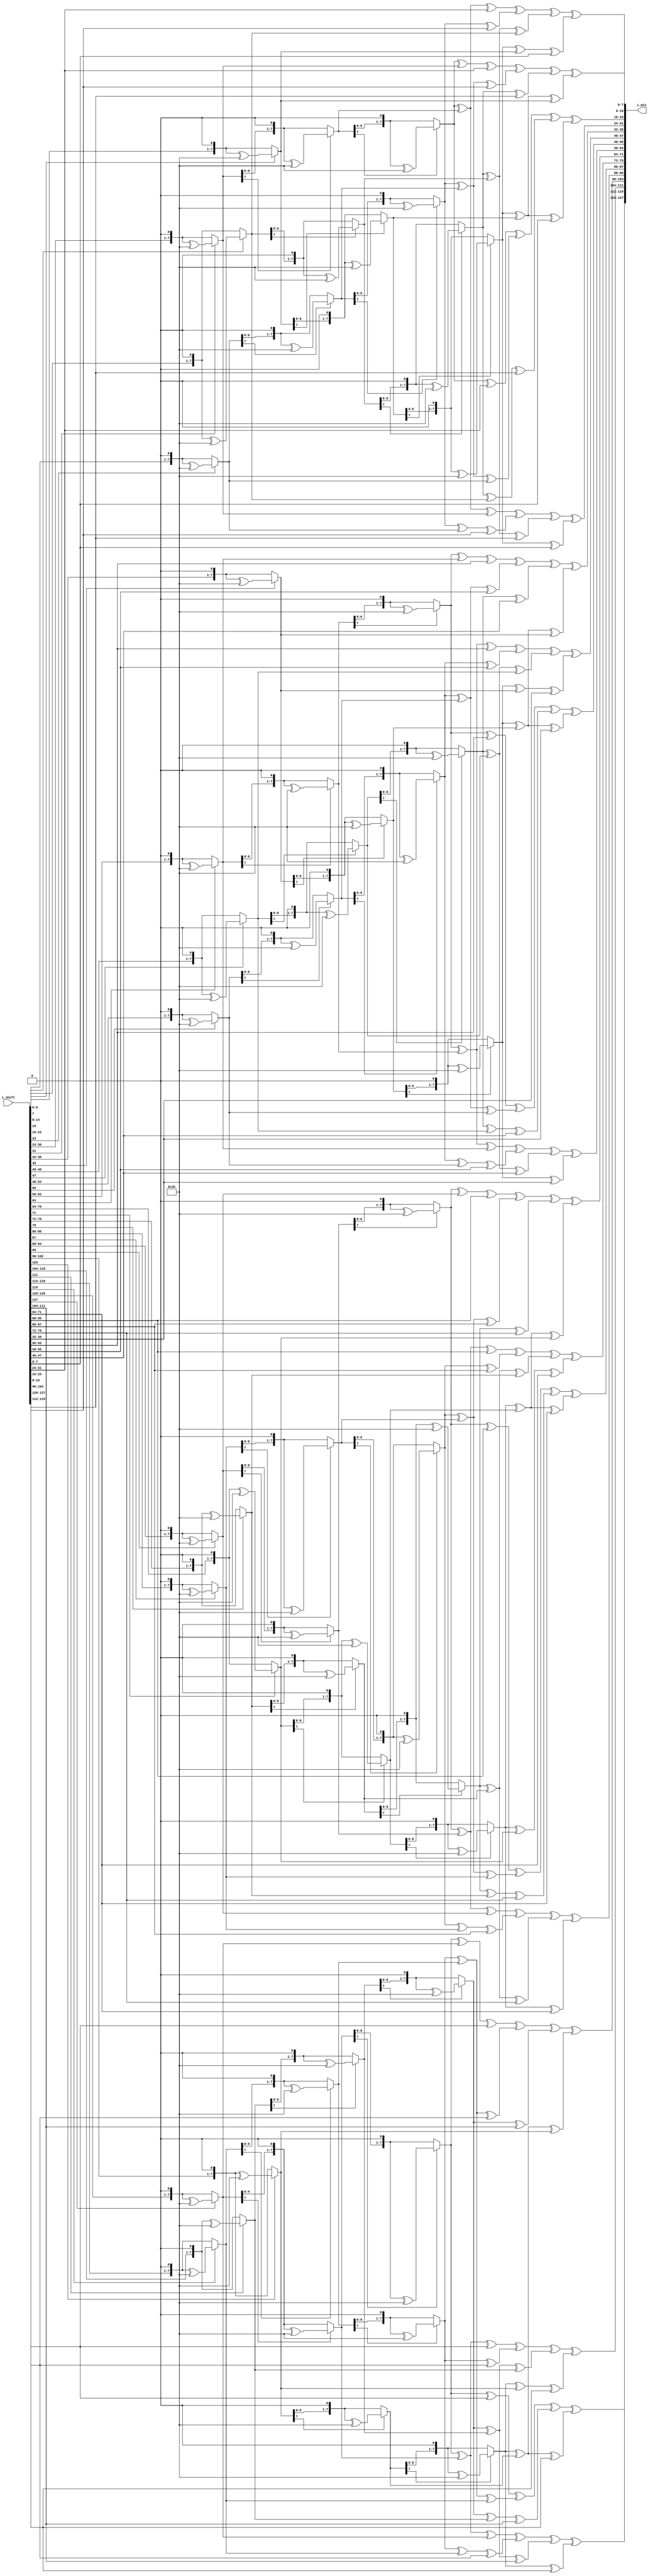
`timescale 1ns / 1ps
//////////////////////////////////////////////////////////////////////////////////
// Company: 
// Engineer: 
// 
// Design Name: 
// Module Name: invmixcolumns
// Project Name: 
// Target Devices: 
// Tool Versions: 
// Description: 
// 
// Dependencies: 
// 
// Revision:
// Revision 0.01 - File Created
// Additional Comments:
// 
//////////////////////////////////////////////////////////////////////////////////


module invmixcolumns(i_shift,i_mix);
    input [127:0] i_shift;
    output [127:0] i_mix;
    
    assign i_mix[127:120] = s14(i_shift[127:120])^s11(i_shift[119:112])^s13(i_shift[111:104])^s9(i_shift[103:96]);
    assign i_mix[119:112] = s9(i_shift[127:120])^s14(i_shift[119:112])^s11(i_shift[111:104])^s13(i_shift[103:96]);
    assign i_mix[111:104] = s13(i_shift[127:120])^s9(i_shift[119:112])^s14(i_shift[111:104])^s11(i_shift[103:96]);
    assign i_mix[103:96] = s11(i_shift[127:120])^s13(i_shift[119:112])^s9(i_shift[111:104])^s14(i_shift[103:96]);
   
    assign i_mix[95:88] = s14(i_shift[95:88])^s11(i_shift[87:80])^s13(i_shift[79:72])^s9(i_shift[71:64]);
    assign i_mix[87:80] = s9(i_shift[95:88])^s14(i_shift[87:80])^s11(i_shift[79:72])^s13(i_shift[71:64]);
    assign i_mix[79:72] = s13(i_shift[95:88])^s9(i_shift[87:80])^s14(i_shift[79:72])^s11(i_shift[71:64]);
    assign i_mix[71:64] = s11(i_shift[95:88])^s13(i_shift[87:80])^s9(i_shift[79:72])^s14(i_shift[71:64]);
    
    assign i_mix[63:56] = s14(i_shift[63:56])^s11(i_shift[55:48])^s13(i_shift[47:40])^s9(i_shift[39:32]);
    assign i_mix[55:48] = s9(i_shift[63:56])^s14(i_shift[55:48])^s11(i_shift[47:40])^s13(i_shift[39:32]);
    assign i_mix[47:40] = s13(i_shift[63:56])^s9(i_shift[55:48])^s14(i_shift[47:40])^s11(i_shift[39:32]);
    assign i_mix[39:32] = s11(i_shift[63:56])^s13(i_shift[55:48])^s9(i_shift[47:40])^s14(i_shift[39:32]);
    
    assign i_mix[31:24] = s14(i_shift[31:24])^s11(i_shift[23:16])^s13(i_shift[15:8])^s9(i_shift[7:0]);
    assign i_mix[23:16] = s9(i_shift[31:24])^s14(i_shift[23:16])^s11(i_shift[15:8])^s13(i_shift[7:0]);
    assign i_mix[15:8] = s13(i_shift[31:24])^s9(i_shift[23:16])^s14(i_shift[15:8])^s11(i_shift[7:0]);
    assign i_mix[7:0] = s11(i_shift[31:24])^s13(i_shift[23:16])^s9(i_shift[15:8])^s14(i_shift[7:0]);
    
    function [7:0]s2;
    input [7:0]i;
    begin
    if(i[7] ==0)
        s2 = i<<1;
    else
        s2 = (i<<1)^(8'h1b);
    end
    endfunction
    
function [7:0] s9;
    input[7:0]i;
    begin
        s9=s2(s2(s2(i)))^i;
    end
    endfunction


function [7:0] s11;
    input[7:0]i;
    begin
        s11= s2(s2(s2(i))) ^ s2(i) ^ i;
    end
    endfunction


function [7:0] s13;
    input[7:0]i;
    begin
        s13= s2(s2(s2(i))) ^ s2(s2(i)) ^ i;
    end
    endfunction

function [7:0] s14;
    input[7:0]i;
    begin
        s14= s2(s2(s2(i))) ^ s2(s2(i)) ^ s2(i);
    end
    endfunction
endmodule